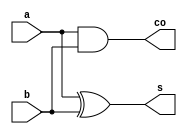
// half_adder.v  T. Manikas  9-20-19
// half-adder circuit
// inputs are bits a and b
// outputs are sum bit s and carry-out bit co


// half-adder

module half_adder(s,co,a,b);
	input a,b;
	output s;	// sum
	output co;	// carry-out
	xor(s,a,b);
	and(co,a,b);
endmodule

// testbench

module test_ha;
	reg a,b;
	wire s, co;
	half_adder ha(s,co,a,b);
	initial
	begin
		a=0; b=0;
		#2 a=0; b=1;
		#2 a=1; b=0;
		#2 a=1; b=1;
	end
	initial $monitor($time, " a=%b b=%b, sum=%b carry-out=%b",a,b,s,co);
	initial #10 $stop;
endmodule